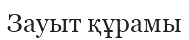
Зауыт құрамы